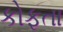
કોફતા